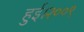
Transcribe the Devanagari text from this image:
हुई।२००९